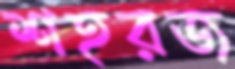
শহরজ